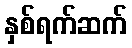
နှစ်ရက်ဆက်